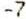
-7